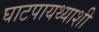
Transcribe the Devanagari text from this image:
घाटपायथ्याशी